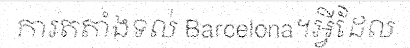
ការតតាំងទល់ Barcelona។អ្វីដែល